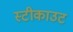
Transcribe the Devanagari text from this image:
स्टीकाउट